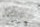
مخها